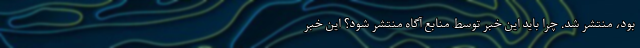
بود، منتشر شد. چرا باید این خبر توسط منابع آگاه منتشر شود؟ این خبر